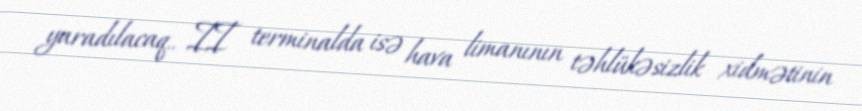
yaradılacaq.. II terminalda isə hava limanının təhlükəsizlik xidmətinin